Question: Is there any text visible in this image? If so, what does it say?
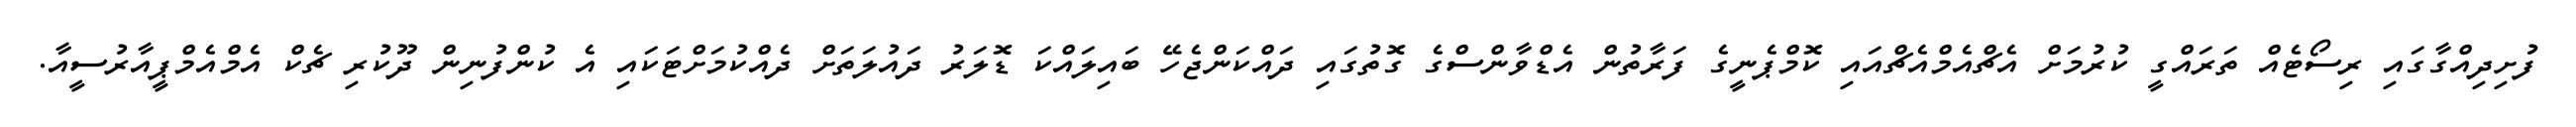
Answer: ފުށިދިއްގާގައި ރިސޯޓެއް ތަރައްގީ ކުރުމަށް އެޗްއެމްއެޗްއައި ކޮމްޕެނީގެ ފަރާތުން އެޑްވާންސްގެ ގޮތުގައި ދައްކަންޖެހޭ ބައިލައްކަ ޑޮލަރު ދައުލަތަށް ދެއްކުމަށްޓަކައި އެ ކުންފުނިން ދޫކުރި ޗެކް އެމްއެމްޕީއާރުސީއާ.